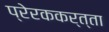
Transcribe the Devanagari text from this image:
प्रेरककर्त्ता